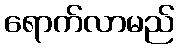
ရောက်လာမည်